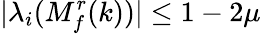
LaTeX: \lvert\lambda_{i}(M_{f}^{r}(k))\rvert\leq 1-2\mu